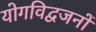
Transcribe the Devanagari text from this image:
योगविद्वजनों